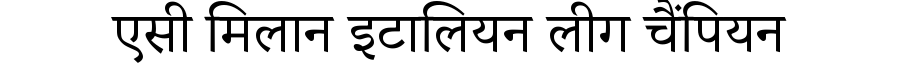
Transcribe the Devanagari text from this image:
एसी मिलान इटालियन लीग चैंपियन